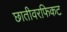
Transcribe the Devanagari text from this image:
छातीवरफिकट